Leaving Certificate, 1937
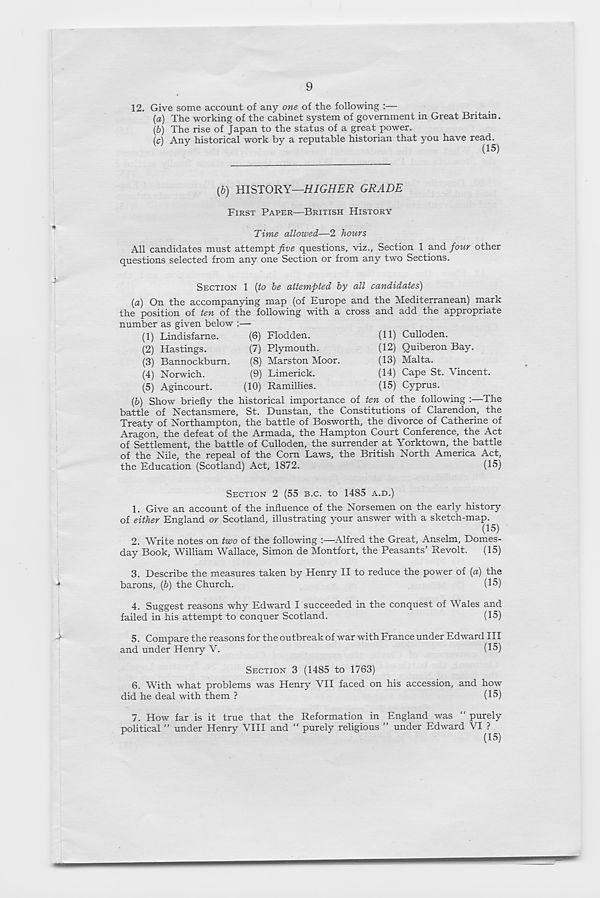
9
-I
12. Give some account of any one of the following :—
(a) The working of the cabinet system of government in Great Britain.
(b) The rise of Japan to the status of a great power.
(c) Any historical work by a reputable historian that you have read.
(b) HISTORY—HIGHER GRADE
FIRST PAPER—BRITISH HISTORY
Time allowed—2 hours
All candidates must attempt five questions, viz.. Section 1 and four other
questions selected from any one Section or from any two Sections.
SECTION 1 [to be attempted by all candidates)
[a] On the accompanying map (of Europe and the Mediterranean) mark
the position of ten of the following with a cross and add the appropriate
number as given below :—
(6) Flodden.
(7) Plymouth.
(8) Marston Moor.
(9) Limerick.
(10)
R
(5) Show briefly the historical importance of ten of the following :—The
battle of Nectansmere, St. Dunstan, the Constitutions of Clarendon, the
Treaty of Northampton, the battle of Bosworth, the divorce of Catherine of
Aragon, the defeat of the Armada, the Hampton Court Conference, the Act
of Settlement, the battle of Culloden, the surrender at Yorktown, the battle
of the Nile, the repeal of the Com Laws, the British North America Act,
the Education (Scotland) Act, 1872.
(15)
(1) Lindisfarne.
(2) Hastings.
(3) Bannockburn.
(4) Norwich.
(5) Agincourt.
(11) Culloden.
(12) Quiberon Bay.
(13) Malta.
(14) Cape St. Vincent.
(15) Cyprus.
SECTION 2 (55 B.C. to 1485 A.D.)
1. Give an account of the influence of the Norsemen on the early history
of either England or Scotland, illustrating your answer with a sketch-map.
(15)
2. Write notes on two of the following :—Alfred the Great, Anselm, Domes-
day Book, William Wallace, Simon de Montfort, the Peasants’ Revolt.
(15)
3. Describe the measures taken by Henry II to reduce the power of (a) the
barons, (5) the Church.
(15)
4. Suggest reasons why Edward I succeeded in the conquest of Wales and
failed in his attempt to conquer Scotland.
(15)
5. Compare the reasons for the outbreak of war with France under Edward HI
and under Henry V.
(15)
SECTION 3 (1485 to 1763)
6. With what problems was Henry VII faced on his accession, and how
did he deal with them ?
(15)
7. How far is it true that the Reformation in England was “ purely
political ” under Henry VIII and “ purely religious ” under Edward VI ? _